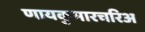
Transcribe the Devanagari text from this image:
णायकुमारचरिअ